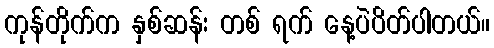
ကုန်တိုက်က နှစ်ဆန်း တစ် ရက် နေ့ပဲပိတ်ပါတယ်။